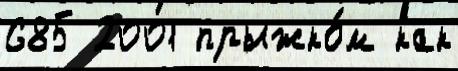
685 2001 прыжко́м как